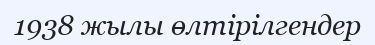
1938 жылы өлтірілгендер